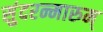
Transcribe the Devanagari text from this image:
सुंदरन्मारुम्